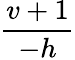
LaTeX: \frac{v+1}{-h}